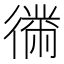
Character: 𫹤